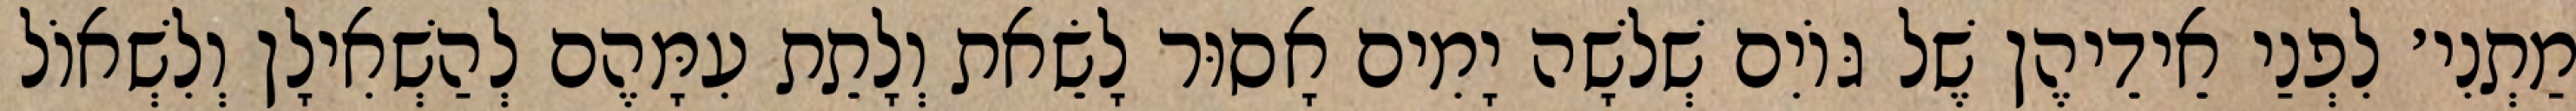
מַתְנִי׳ לִפְנַי אֵידֵיהֶן שֶׁל גּוֹיִם שְׁלֹשָׁה יָמִים אָסוּר לָשֵׂאת וְלָתֵת עִמָּהֶם לְהַשְׁאִילָן וְלִשְׁאוֹל